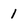
Character: 1